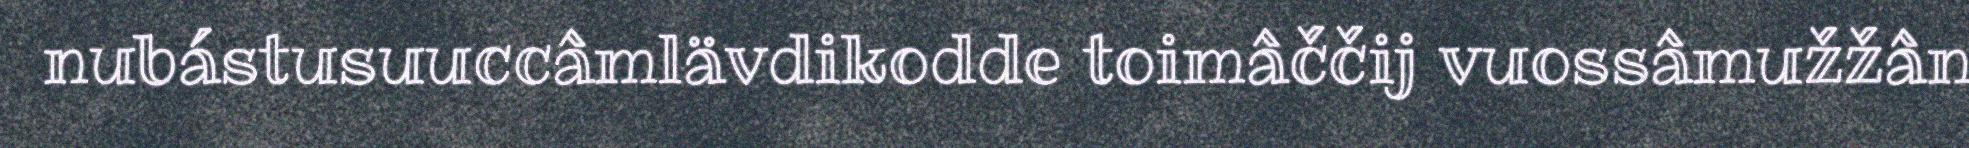
nubástusuuccâmlävdikodde toimâččij vuossâmužžân